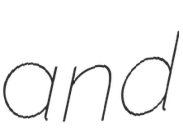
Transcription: and